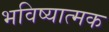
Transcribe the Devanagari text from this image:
भविष्यात्मक